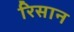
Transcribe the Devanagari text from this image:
रिसान